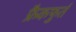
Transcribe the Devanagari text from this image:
फ्रैकफुर्त